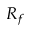
R _ { f }